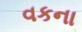
વકના